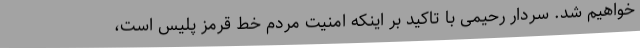
خواهیم شد. سردار رحیمی با تاکید بر اینکه امنیت مردم خط قرمز پلیس است،